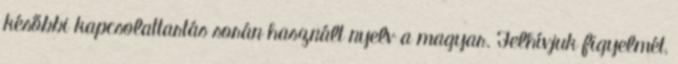
későbbi kapcsolattartás során használt nyelv a magyar. Felhívjuk figyelmét,